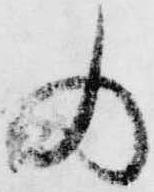
の